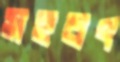
সহবৎ